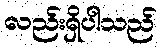
လည်းရှိပါသည်